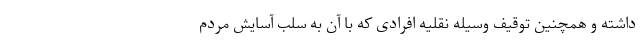
داشته و همچنین توقیف وسیله نقلیه افرادی که با آن به سلب آسایش مردم